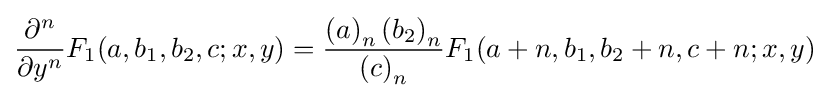
{\frac {\partial ^{n}}{\partial y^{n}}}F_{1}(a,b_{1},b_{2},c;x,y)={\frac {\left(a\right)_{n}\left(b_{2}\right)_{n}}{\left(c\right)_{n}}}F_{1}(a+n,b_{1},b_{2}+n,c+n;x,y)